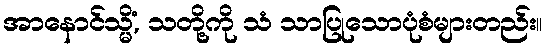
အာနောင်သ္မိံ, သတို့ကို သံ သာပြုသောပုံစံများတည်း။